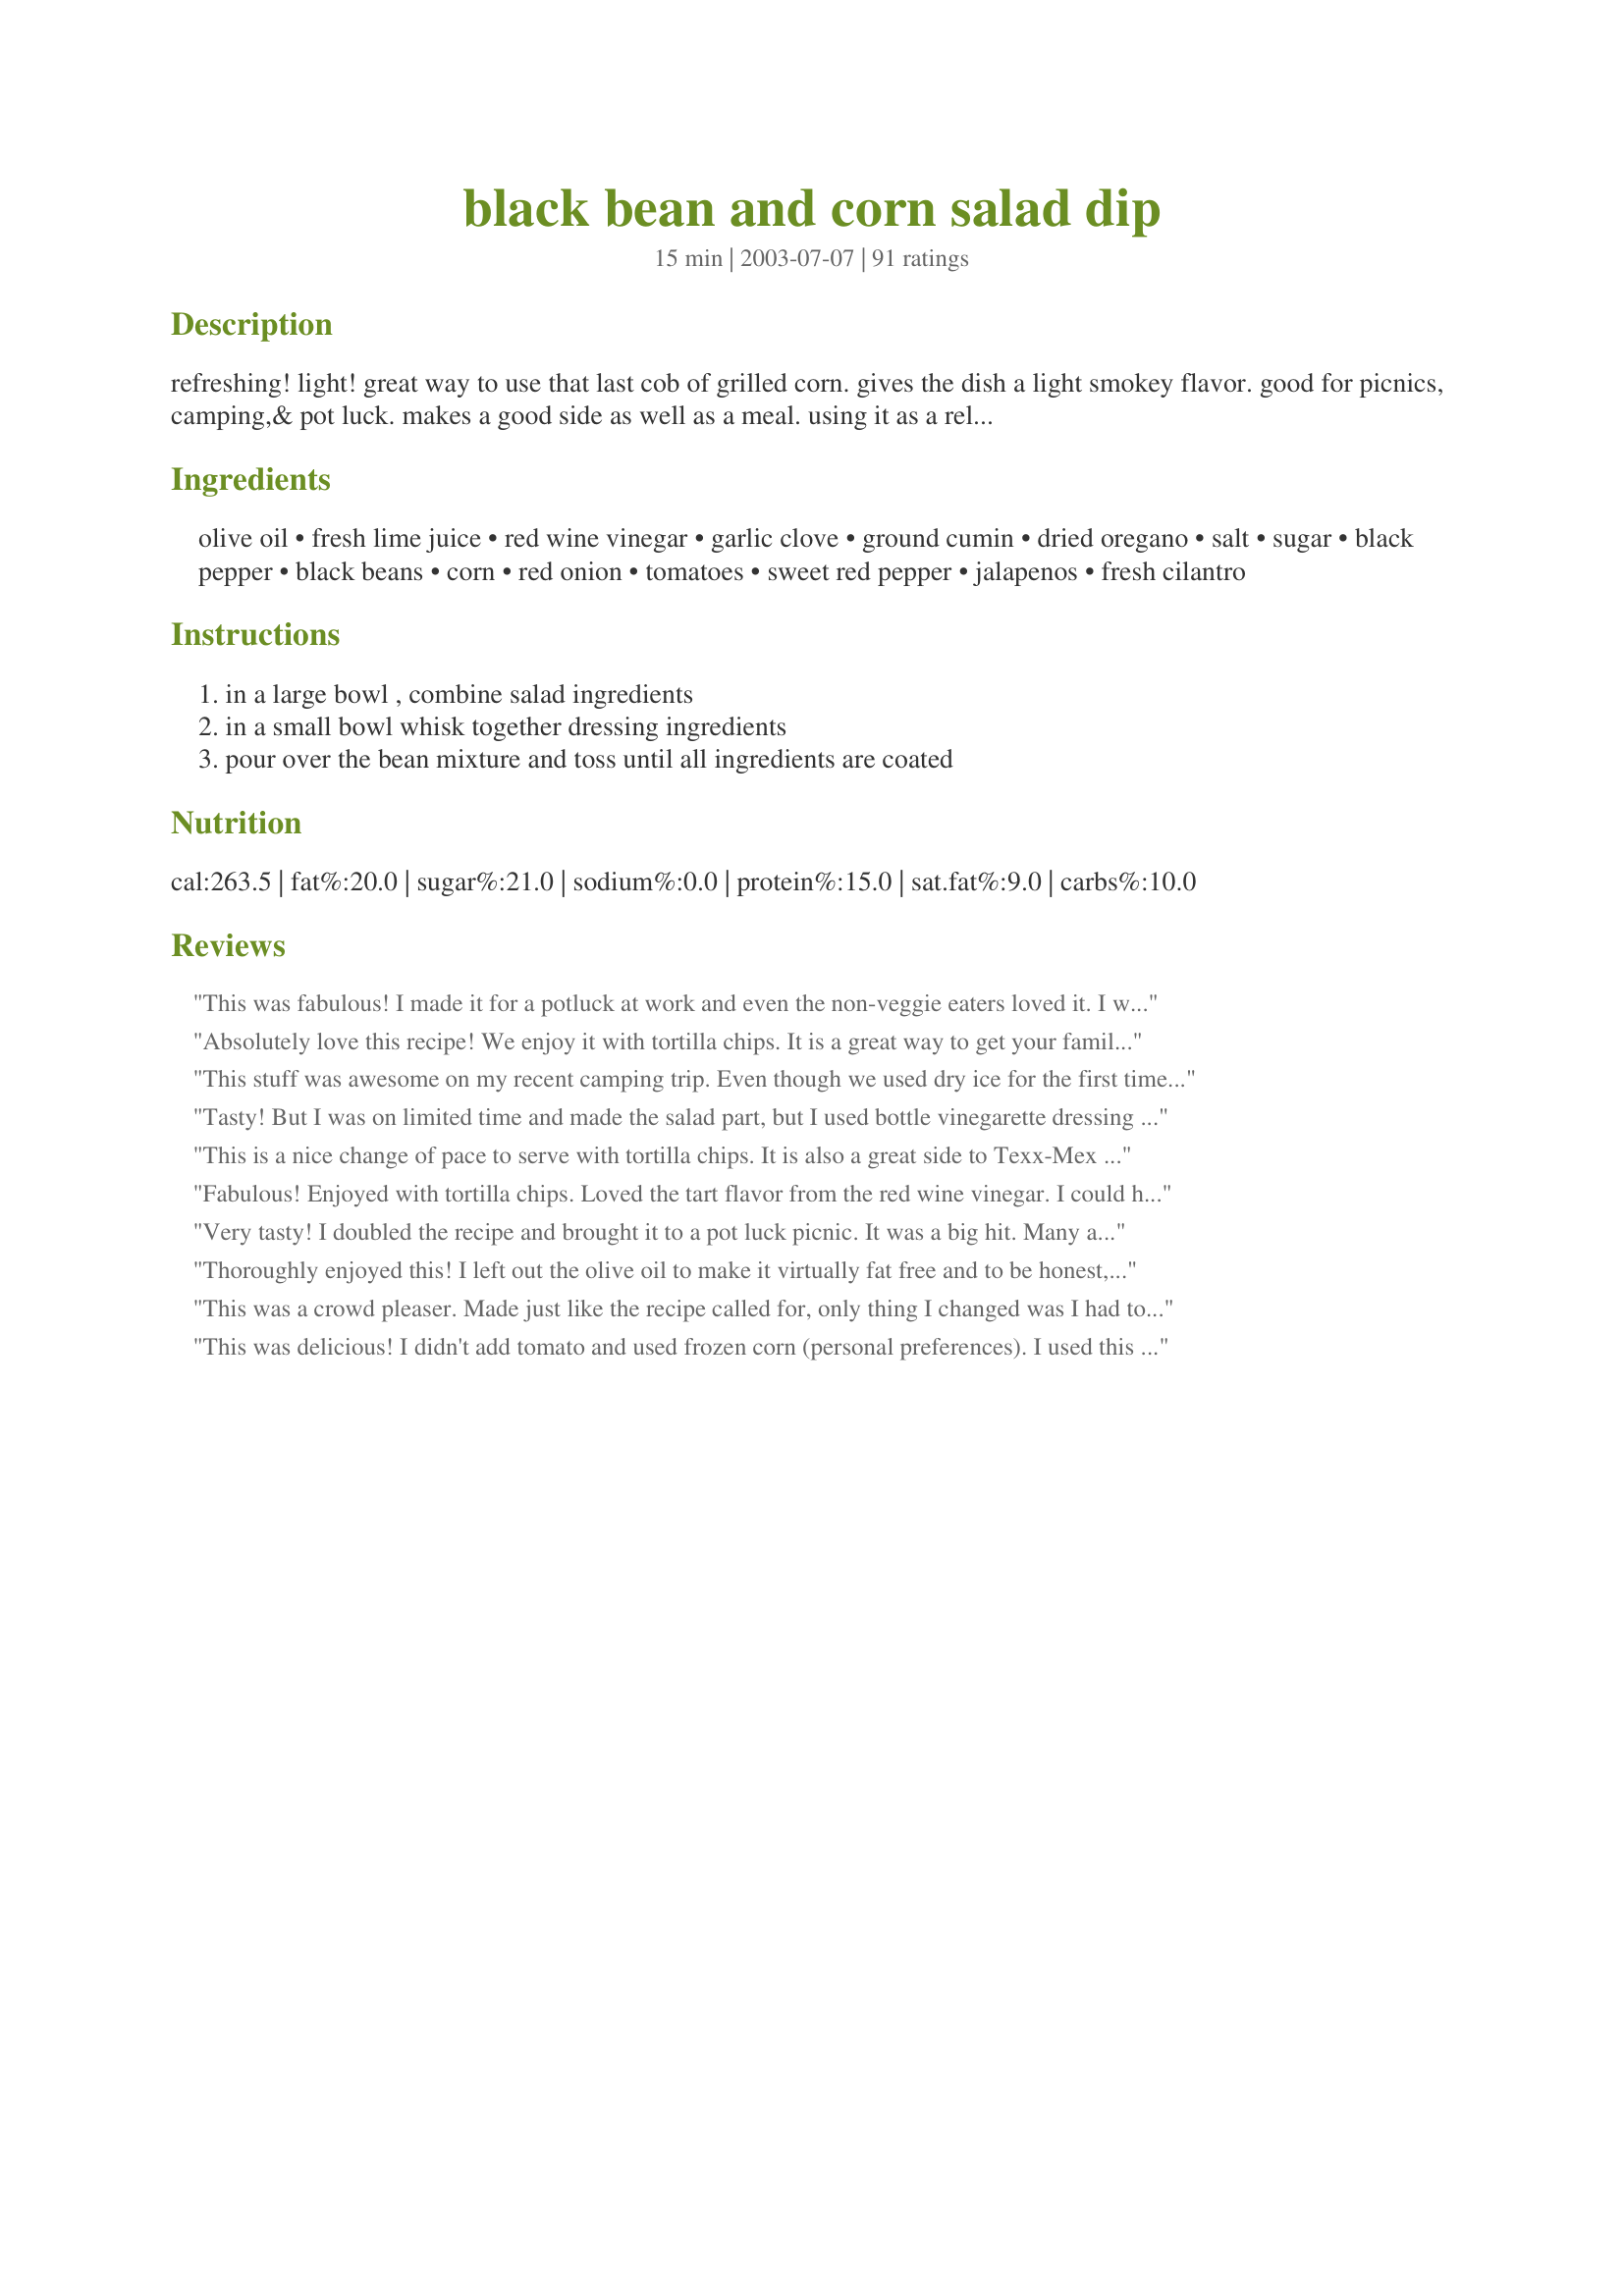
black bean and corn salad dip
Preparation time: 15 minutes

refreshing! light! great way to use that last cob of grilled corn. gives the dish a light smokey flavor. good for picnics, camping,& pot luck. makes a good side as well as a meal. using it as a relish to top grilled salmon or tuna. try dipping tortilla chips into it.

Ingredients:
olive oil, fresh lime juice, red wine vinegar, garlic clove, ground cumin, dried oregano, salt, sugar, black pepper, black beans, corn, red onion, tomatoes, sweet red pepper, jalapenos, fresh cilantro

Steps:
in a large bowl , combine salad ingredients, in a small bowl whisk together dressing ingredients, pour over the bean mixture and toss until all ingredients are coated

Reviews:
This was fabulous! I made it for a potluck at work and even the non-veggie eaters loved it. I was afraid to make it too spicy since I wasn't sure how everyone at work liked spice, so i only used 1/2 a jalepeno. Next time I make it I may use a whole jalepeno but I think 2 would be too much for my personal taste. The dressing is wonderful; I wanted to drink what was left on my plate but thought it best to wait and do that when I got home. I think the flavor is best if you refrigerate the salad overnight. I will be making this again and again.
Absolutely love this recipe! We enjoy it with tortilla chips. It is a great way to get your family to eat some healthy vegetables and legumes. Thank you.
This stuff was awesome on my recent camping trip. Even though we used dry ice for the first time ever in the cooler and the stuff got frozen solid! It tasted wonderful.

My guests loved this and it was one of my favorite camping recipes from the weekend. You might want to leave out the jalapenos if you don't like much spiciness. I liked the cilantro in this even though in general I'm not a cilantro fan. Don't leave off the fresh lime juice! It's crucial! Thanks Rita.
Tasty! But I was on limited time and made the salad part, but I used bottle vinegarette dressing (with some sugar, s & p, lime juice & dried italian seasoning.) Both my 2 year old and husband devoured it!
Definitely will make again. It was too easy not to!!
This is a nice change of pace to serve with tortilla chips. It is also a great side to Texx-Mex dishes. So easy to put together and it keeps well!
Fabulous! Enjoyed with tortilla chips. Loved the tart flavor from the red wine vinegar. I could have eaten all of this by myself!
Very tasty! I doubled the recipe and brought it to a pot luck picnic. It was a big hit. Many asked me for the recipe, and the dish was scraped clean. The only modifications I made were using half the amount of salt and adding chili powder, as I ran out of cumin. I LOVE cilantro/coriander and thought the amount called for was just right. Thank you so much for a delicious recipe, which is sure to become one of our summertime favorites!
Thoroughly enjoyed this! I left out the olive oil to make it virtually fat free and to be honest, didn't even miss it! Will definitely be making this again soon.
This was a crowd pleaser. Made just like the recipe called for, only thing I changed was I had to use cherry tomatoes, due to the tomato problem here in the states, but still came out great. Made for ZWT4
This was delicious! I didn't add tomato and used frozen corn (personal preferences). I used this as a dinner/chip dip for 2 (plus 1 lunch). So good and very cheap!
I made this for a staff potluck. It was a big hit. Nice and fresh and delicious! The flavor from the dressing is out of control! Loved this recipe.
We just loved this along with our Mexican dinner the other night! I halved the recipe where it was just the 2 of us, and it was just enough. This goes good with just about anything, and I can't wait to make it to bring to the inlaws for labor day. Thanks Rita!
Try adding in some chopped avocado, it's yummy! Some chopped chipotle peppers in place of the jalapeno is good , too. I really like this with Frito's Scoops, but I also have been thinking of trying this in a wrap, Kim127!
Another winner Rita! Made no changes to the recipe and it was perfect!
Simply Excellent!!! I had tried something like this at a potluck a month or so ago and was not happy with the recipe I had been given. This is exactly what I have been looking for - great as a side dish, dip, relish... Also - rave reviews from all who tried it!
This was great, I was a little concerned about the amount of oil in the dressing but it wasn't oily at all. I didn't use the full can of black beans and I used probably 2 cups of corn.
I made this for a potluck picnic and it was GONE fast!! I made the recipe as listed: the dressing is fabulous and the jalapenos really give this dish a kick without going overboard. I ate this dish with some tortilla chips, my hubby put it on his burger. We are already planning other ways we could use this: it would taste super on chicken or fish! Thank you for this great recipe.
I made this pretty much as stated. I used Italian parsley as the herb. I used only about 1/2 a jalapeno since kids would be eating it, but it could have definitely used more without it being too spicy. Served this with tortilla "scoops". Everyone (13 of us) enjoyed it. Made for Zaar World Tour III.
As promised, this had a really nice, fresh taste. Since my kids have the hate-cilantro gene, I omitted that, using basil and Italian parsley. Other than being a little generous with the lime juice, I followed the recipe exactly. Next time, I think I'll cut back on the cumin a tad -- but that's just personal taste. This was enjoyed all, Rita. Thanks for sharing!
Yummy! Served this yesterday at our family cook out and most everyone loved it! (those that didn't were older and non-spice pallated eaters) I didn't have lime juice so I used lemon juice nor did I have red wine vinegar so I used apple cider vinegar and a couple small splashes of soft red wine, I also used dried cilantro & parsley but it turned out fanastic (I let it set 2 hours before serving). So refreshing and delicious! I will make his again. Thank you for this recipe!
This was easy to throw together. I used fresh tomatoes and peppers from the garden. Next time I will add more garlic and maybe more tomatoes as well.
Fabulous! I used green onions instead of red, 1/2 olive oil and 1/2 vegetable oil, and a little extra sugar and lime juice b/c my red wine vinegar was quite sour. I subbed 1 small can of Ro-tel for the tomato and jalapeno, added a couple of dashes of hot sauce, and used the combination of cilantro, parsley and basil for the herbs. I also "grilled" a can of corn under the broiler until charred, as was suggested by another reviewer (thank you!). I've made many black bean and corn salads and this one is the best yet! Thank you Rita!
Quick, easy, & delicious. Next time, I would add more cumin. I served it with fresh smoked salmon and the tastes complimented each other wonderfully. I would serve this with any grilled meat. Delicious!
A colorful recipe that I served with chips as a snack for my family. I added some additional sugar and next time I think I'll cut back on the cumin just a tad. YUM!
I love it! I omitted the oregano and sugar and used all cilantro instead of the combo of three. Turned out great!
THIS IS OUTSTANDING!! BEST ONE POSTED!
The flavors are perfect - I serve it with quesadillas. But, it's great with a simple meat dish, too. I can't wait to bring it to my next potluck with chips.
This was great. I really enjoyed it, by itself as a salad and with chips as a dip. The only thing that I would change the next time I make it to reduce some of the seasoning. They were a bit overwhelming for my taste.
I have made this recipe many times now and keep forgetting to review it. It is super yummy! I have only used fresh parsley so far and it is really good that way. Can't wait until the spring to try it with some fresh cilantro.
This such an easy salad to prepare. i reduced the cumin and oregano to 1/2 tsp each and omitted the salt. Thanks for the recipe
This was a great side with our hamburgers fresh off the grill! We loved it and now that I have had it will make it again soon. This is 5 stars all the way to the table!
Absolutely fabulous. My GIL and MIL made this for me over Xmas and now I found the recipe! A full 5 stars for being healthy AND tasty AND easy!! I substitute black eyed peas for black beans out of personal preference.
This is a keeper! I followed the recipe exactly and love it. I'm serving it with French Tart's Smoky Chicken and Chorizo Mexican Enchilada Baked Casserole, and rice on the side. Thanks for the recipe!
I truly enjoyed every bite of this wonderful salad!
An excellent salad! All of the flavors were wonderful together. I used canned corn and it was good, but not as good as fresh, I'm sure. Can't wait for summer corn!
I had leftovers, and I lined a chipotle tortilla with iceburg lettuce and spooned in this salad, added some shredded cheddar cheese, and rolled it up as a wrap. Excellent!
Rita, thanks so much for sharing this versatile recipe!
Left out the jalenpenos because of the kids, but it is still awesome!!! Thanks.
I juggled things around a bit while making this recipe ~ Used 2 cloves of garlic, only 1 teaspoon of cumin, almost 2 teaspoons of lemon pepper instead of S&P, & just 1 small jalapeno! And still came up with a GREAT TASTING . . . whatever you want to call it ~ We had it as a salad AND a dip AND a condiment for burgers, too! Thanks for the wonderful recipe! [Made & reviewed while on tour in South & Central America on the Zaar World Tour 4]
Yum! This was really great. In addition to being a tasty dip for chips, it was a great topper for our tacos and nachos. Thanks for the recipe, I will be using it again.
This has become a family favorite, since my cousin gave me the recipe last summer. Besides making it at least twice a month (we double the dressing to cut down on time fo the next time we make it), we take to all summer barbecues. Everyone raves about it. I also add a can of canned tomatoes, cut up.
We loved this! Used Trader Joe's frozen roasted corn (I do apologize if you don't have one in your area). Also added 1 can of drained diced fire-roasted tomatoes. I also put it all together several hours early and let the flavours meld all afternoon. This will definitely become a summer favourite!
Great nutritional alternative to a green salad! Last time I made it I was missing the red pepper and herbs (cilantro parsley and basil) and it was still great. Everyone loved it! I am making it again this evening for some guests and will use all of the ingredients this time around. It will to be a hit I am sure! Thanks for sharing the recipe!
I brought this along to a gathering and it was a huge hit. Served it with tortilla chip scoops. Followed the recipe exactly and used half cilantro and half parsley. It was perfecto.
Made this over the 4th for a cookout and it was a BIG hit! I used half basil and half parsley, as I am not crazy about cilantro. Otherwise made following the recipe. I brought home an empty bowl, so I guess you know what that means! Yummy!!!
I know that I'm an exception, but I was really disappointed with this recipe. I really didn't like the dressing. I bet the salsa would have been great on it's own - personal preference...
I made this to go with salmon patties tonight and it was very good! My husband really liked it and I will be making this again. Tomorrow I will take the remaining salad to a potluck for a lady who is moving in our art class. Thanks so much!
YUM, YUM, YUM. that's all i can say. oh, except EASY. thanks for posting this excellent recipe!
I made this to serve with pork loin and planned on refrigerating it prior to serving. But, as most cooks do, I tried it before putting it in the fridge and it was YUMMY! I only used one jalapeno pepper to keep the heat down for mild tastes, but I did up the lime juice by a tad and only used 1 tsp of cumin as that is all I had. I used 1/2 fresh basil and 1/2 fresh parsley and liked that mix.
As others have posted, it is colorful so it is a good dish to serve to company/friends. I definitely plan on using the leftovers for dip with chips. This is, without question, a keeper of a recipe!
Awesome! I made it this weekend for a birthday party and it was a huge hit! I did add more tomatoes and a little more sugar, but that was it other than that I followed the recipe to a T. This will be my go to black bean and corn salsa from now on, it is fantastic! I can't wait to try it on a fish dish.
Awesome!!!! It was so good, 3 people asked for the recipe after serving it at a get together. Easy to make. Great with tortilla chips or alone!
Really excellent salad!
Here are my changes and suggestions... I used frozen corn and didn't bother to thaw first. I didn't have cilantro so i used dried chives. I didn't have lime so I used a lemon plus the zest.
If you use lemon instead of lime do not use as much salt! Lime and salt kind of cancel each other but that's not true for lemon so it will be too salty if you use lemon instead.
Great salad - We loved it!
Great taste. Easy and quick. I let it meld overnight and it tasted even better.
I thought this was truly outstanding. I left out the peppers and jalapenos and used basil. I did not use as much salt as called for but probably will next time. There will DEFINITELY be a next time!
Loved this salad. Made half a recipe and we still have leftovers. Served with Recipe #137007, Recipe #149385.
5* all the way! Very easy to make and eye-appealing with all those beautiful colors. All healthy ingredients to boot. Cut down to 1 teaspoon of cumin, (personal preference)and used one can of diced tomatoes with mild green chiles in place of the tomatoes and jalapenos. Just the right amount of heat and spice. Marinated 3 hours in the fridge which allowed all the flavors to marry. Used it as a side dish with Salsa Chicken #22475, Spanish Rice and Wickedly Perfect Corn Bread #121641. Am anxious to try it over fish, too. Thanks Rita, for a deeelish recipe!
Oh Rita! No surprise, I loved it! The only "changes" were that I used grape seed oil and only one jalapeno because that 's all I had. Thanks for all the great recipes~ your biggest fan!
i dont know something was missing
This was a light and refreshing salad. I doubled the recipe. At first I was concerned about the tart taste of the dressing, but I refrigerated it hoping it would blend with the other ingredients. It did. I served this at a Concert in the Park picnic for friends and family and they all loved it. Even my sister, who is picky, asked for seconds. I liked how pretty and colorful this looked when served. I left out the red peppers because I was in a rush. I used all cilantro, as opposed to the mixture of herbs. I served this with Recipe #51747.
Love this recipe! I could eat it everyday. I do change a few things, due to personal taste. I use a whole cup of tomatoes and omit the red bell pepper and jalapenos. I also use less oil and more sugar in the dressing.
Oh my, I made this for DH to take with on a business/ camping trip with the guys. He called home and told me that one of the guys only ate this for dinner. He couldn't get enought of it. They all enjoyed it very much. Thank you for posting, as it made me look like the queen for a bit...lol. This is a great tasting salad.
This is really tasty! It was gone in no time when I served it for a party over the weekend. Made for ZWT4 for the Tastebud Tickling Travellers.
Made this for a bbq this weekend, and it was a big hit! Actually I had meant a horseraddish dip for the smoked salmon, but everyone prefered this salsa, so it was completely gone within one hour.
Thanks for this great recipe!
I made this to take to a cookout with a small group of friends and I really loved this. We used it as a dip with some blue corn tortilla chips. I had to stop by my parents for a while before going so temporarily put it in their fridge. The smell of it actually was pleasant to my father, which is saying something as he "thinks" he doesn't like anything along the lines of TexMex or the like. I would definitely recommend this to anyone and will for sure be making it again. Thanks for adding a salsa to my recipe collection I know will be tasty to everyone.
The beans in the photo for this recipe appear to be KIDNEY beans. Not black beans.
we are big black bean fans here and this salad is just perfect! we loved the dressing. i used jalapenos from YOUR garden, followed the recipe exactly and served this over white rice with skirt steak, excellent
This was delicious. I made this for our home study group, tripled it for about 18 people. Loved the combination. Thanks Rita
I had boiled up a batch of black beans to try some different recipes and this was a favourite! I only made a half-batch (approximating that 1/2 a can of black beans would be about 1 1/4 cups) and the kids and I gobbled it up with pita crisps as an after-school treat.
I wish I could give this more than 5 stars, it was awesome. I used frozen sweet corn, and since I was out of oregano, I used italian seasoning, otherwise made as written. I made it for a camping trip - made the dressing and did all the chopping (except the tomatoes) ahead of time, and put it all together at the campsite. I served with tortilla chips (a tasty alternative to chips and salsa), and also used as a side with our grilled chicken skewers. Everybody loved it, including the kids, will definitely be making again and often!
Fabulous! So easy to put together and such a great combination of flavors. We served out with tortilla chips but I also think this would be great as a sandwich topping, in a wrap or something. Thanks Rita!!
Absolutely delious!
Thanks
I loved it! It was so filling and 'refreshing'. Thanks so much for sharing. I could eat it all day. It says it serves 6-8, but really is only serves me. :)
Excellent. Not too spicy and the right mixture and blend of spices. Thanks for sharing.
We used this as a dip and my DH kept raving about it. Served with tortilla chips. I have a bit left over and think I'll use it on top of greens as a dinner salad with tonight's meal. A nice, healthy, tasty, sneaky way to get more veggies in the diet!
Sweet bajeezus.. this is perfect- EXACTLY as is. Do not change a thing!!! So good!
I love this recipe, I seriously cant stop eating it. I like it with tortilla chips or as a filling for a lettuce wrap.
I had company over the weekend and wanted to make something different to go with our grilled steak. This went great. Everyone really enjoyed it and asked me to make it again soon, so it's going into my keepers!
Yummy!!! This was really good. I love black beans in stuff like this. The mixture of black beans and corn is wonderful. I will definately make for my next camping trip. I am really the only one that will eat it but that is just fine with me. Made for zwt 07
Wow, is this good! Instead of the red peppers - I used a small can (when drained, makes exactly 1/2 cup) - of Rotelle diced tomatoes with lime, cilantro, and jalapeno). Also, I omitted the jalapenos and cumin. Since the Rotelle Tomatoes already had the diced jalapeno, plus - my stomach is a bit sensitive to cumin.
This is fantastic. I've made it many times. The only reason I have given 4 stars instead of 5 is because I think the amount of salt called for is excessive, even after the flavors are allowed to meld. Every time I've made it, I've always halved the amount of salt, but even with only half the amount, I've still found it to be too salty. From now on, I will reduce the amount of salt even further, and just add more later if needed. This is a great salad, though, and I plan to continue to make it often.
This recipe is completely WONDERFUL! I take a can of corn and put it under the broiler till it is slightly brown to "grill" it. I sub green onions for red, just a personal preference. Otherwise I follow the recipe exactly. I use thai chili's instead of jalapenos too. This recipe is terrific on it's own or combined with long grained rice cooked with whole cumin, tumeric and chicken broth. Thanks!
This went GREAT with my at home version of Chipotle's 'burrito bowl'. The flavors in it were fantastic. I did leave out the jalapenos (didn't have any) and the tomatoes (my hubby's not a huge fan). I will definitely have jalapenos on hand next time I make this! Thanks!
Out of this world! It's tastes like a fattening dip that you would get at a Mexican restaurant! Thanks!
Absolutely loved it! Pre-made it for a camping trip, I had to heat it a little because the oil hardened but it was no problem.
Very tasty, We had a Mexican/Spanish dinner party and this was one of the dishes I served. Everyone liked this dish, not to say, it looked beautiful. Very appetizing. Thanks for sharing.
Excellent dish, though I could see adding only 1 tsp. cumin next time, I really liked the extra jalapeno. Made it with only 1 tablespoon of oil and a mixture of fresh cilantro and basil (the latter a personal favorite of mine). Also, since I can't grill anything on my balcony (city ordinance), I roasted two very sweet New Jersey ears of corn in my oven (so sweet I did not add extra sugar to salad). The tomato was just as ripe and fresh. Served with baked blue and white tortilla chips. Really, the textures (crunchy and soft) and taste (sweet, sour and a bit salty) in this salad are not to be missed! Thanks again Rita!
This is OUTSTANDING. I just created a RecipeZaar account so I could rate this recipe. I didn't include the sweet red peppers and substituted a couple splashes of hot sauce in place of the jalapeno simply because I forgot to buy the two ingredients and it was still fantastic. Thank you. Will definitely share this recipe.
This was exellent! Only chages I made were omit the oregano and sugar and used balsamic vinegar. We ate it with tortilla chips like a salsa. My sister made a salad with the left overs (chicken, lettuce, ranch and salsa) and said it made a tasty salad. Will definitely make it again!
Excellent! I made this as a dip for Superbowl Day. I can see myself making this often, as a side dish, during grilling season. Thank you, Rita for sharing this.
Excellent - I use as a salad or main course :) I double dressing and add a large can of rinsed black beans and 8oz cooked pasta (mini farfalle) - might also be good with rice. Yummy! Served at a potluck and none left; also serving for Thanksgiving.
GREAT recipe!! We have this at football game tailgates and I am making it for this July 4th. I don't know if anyone else does this but we use this as a dip and dip with tortilla chips! It is AWESOME! I could probably eat me weight in it! I lost my recipe for this "salad/dip" so thank you so much for sharing!!
Hell Yea!!!!! That's all I have to say!!!!!!

Awesome recipe! It's delicious, colorful and picnic perfect. I used my garden veggies.
Excellent!
